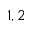
1 , 2